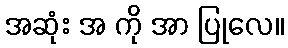
အဆုံး အ ကို အာ ပြုလေ။